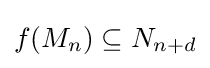
f(M_{n})\subseteq N_{n+d}